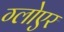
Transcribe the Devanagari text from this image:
ग्लोएर